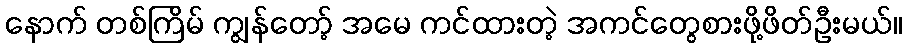
နောက် တစ်ကြိမ် ကျွန်တော့် အမေ ကင်ထားတဲ့ အကင်တွေစားဖို့ဖိတ်ဦးမယ်။